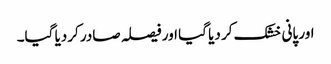
اور پانی خشک کر دیا گیا اور فیصلہ صادر کردیا گیا۔